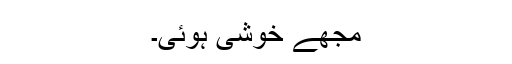
مجھے خوشی ہوئی۔